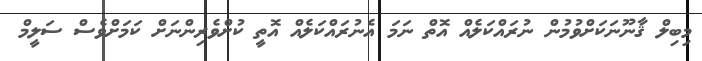
މިބިލް ޤާނޫނަކަށްވުމުން ނުރައްކަލެއް އޮތް ނަމަ އެނުރައްކަލެއް އޮތީ ކުށްވެރިންނަށް ކަމަށްވެސް ސަލީމް